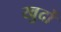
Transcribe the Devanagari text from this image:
खुर्दो